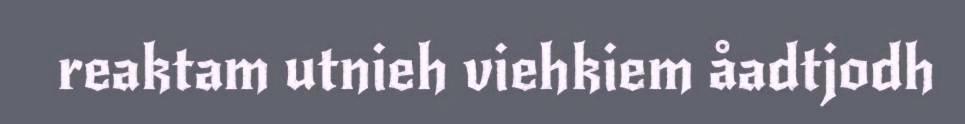
reaktam utnieh viehkiem åadtjodh